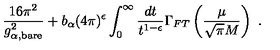
\frac { 1 6 \pi ^ { 2 } } { g _ { \alpha , { \scriptstyle \mathrm { b a r e } } } ^ { 2 } } + b _ { \alpha } ( 4 \pi ) ^ { \epsilon } \int _ { 0 } ^ { \infty } \frac { d t } { t ^ { 1 - \epsilon } } \Gamma _ { F T } \left( \frac { \mu } { \sqrt { \pi } M } \right) \ .